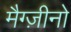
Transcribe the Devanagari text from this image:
मैग्ज़ीनो